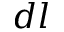
d l